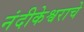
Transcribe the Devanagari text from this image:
नंदीकेश्वराचे